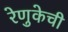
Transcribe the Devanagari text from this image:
रेणुकेची